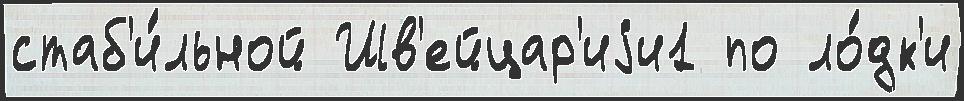
стаб'и́льной Шв'ейцар'иjи1 по ло́дк'и